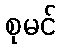
စုမင်